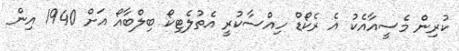
ކުރިން މެސީއާއެކު އެ ރެކޯޑް ހިއްސާކުރީ އެތުލެޓިކޯ ބިލްބާއޯ އަށް 1940 އިން